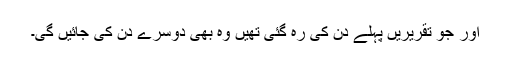
اور جو تقریریں پہلے دن کی رہ گئی تھیں وہ بھی دوسرے دن کی جائیں گی۔